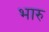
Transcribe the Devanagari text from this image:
भारु